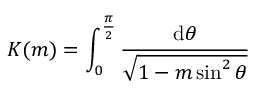
K ( m ) = \int _ { 0 } ^ { \frac { \pi } { 2 } } { \frac { \mathrm { d } \theta } { \sqrt { 1 - m \sin ^ { 2 } \theta } } }